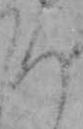
ち